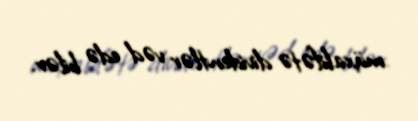
müxalifətə dividentlər vəd edə bilər.